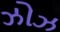
ઝોઝ